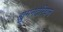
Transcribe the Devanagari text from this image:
ह्युमनेटेरियन